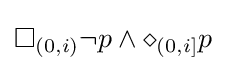
\square _{(0,i)}\neg p\land \diamond _{(0,i]}p